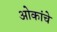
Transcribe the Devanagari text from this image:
ओकांचे